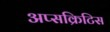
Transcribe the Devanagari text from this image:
अप्सक्रिटिस